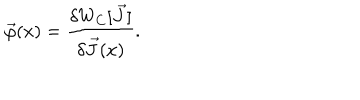
LaTeX: \vec { \varphi } ( x ) = \frac { \delta W _ { C } [ \vec { J } ] } { \delta \vec { J } ( x ) } .